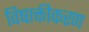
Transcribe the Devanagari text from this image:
विषाक्तीकरण